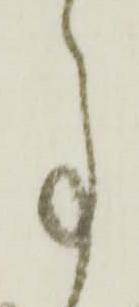
事